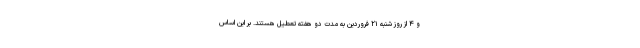
و ۴ از روز شنبه ۲۱ فروردین به مدت دو هفته تعطیل هستند. بر این اساس